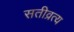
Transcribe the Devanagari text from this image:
सतीव्रत्य